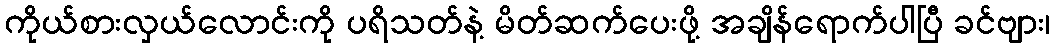
ကိုယ်စားလှယ်လောင်းကို ပရိသတ်နဲ့ မိတ်ဆက်ပေးဖို့ အချိန်ရောက်ပါပြီ ခင်ဗျား၊